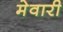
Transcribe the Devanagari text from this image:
मेवारी